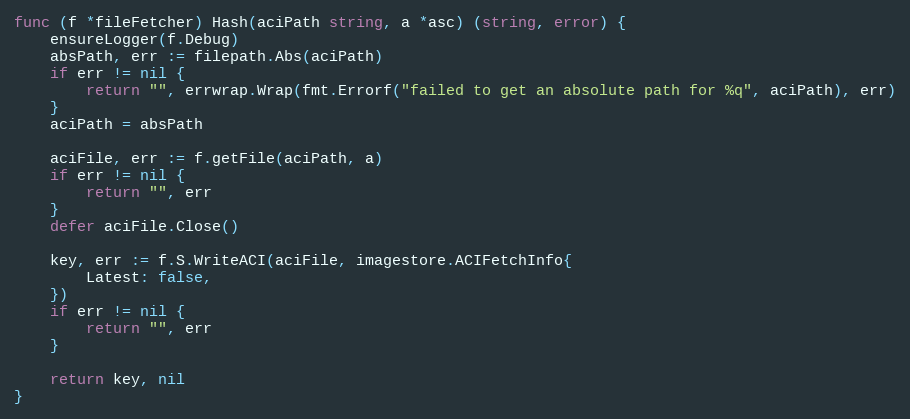
Language: Go
func (f *fileFetcher) Hash(aciPath string, a *asc) (string, error) {
	ensureLogger(f.Debug)
	absPath, err := filepath.Abs(aciPath)
	if err != nil {
		return "", errwrap.Wrap(fmt.Errorf("failed to get an absolute path for %q", aciPath), err)
	}
	aciPath = absPath

	aciFile, err := f.getFile(aciPath, a)
	if err != nil {
		return "", err
	}
	defer aciFile.Close()

	key, err := f.S.WriteACI(aciFile, imagestore.ACIFetchInfo{
		Latest: false,
	})
	if err != nil {
		return "", err
	}

	return key, nil
}